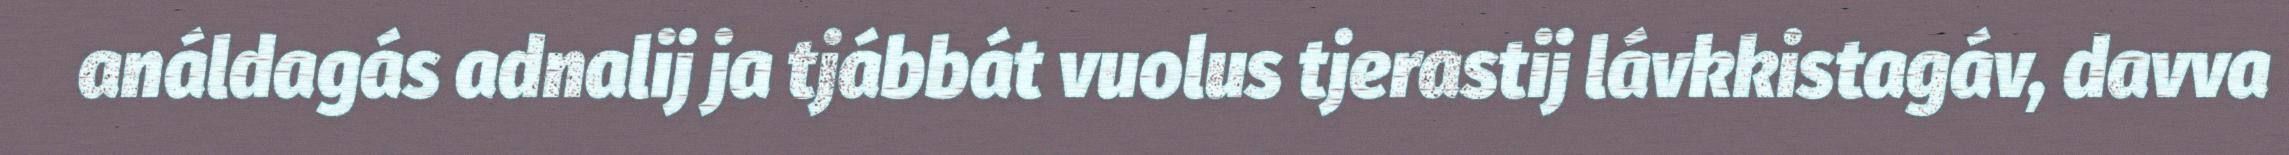
análdagás adnalij ja tjábbát vuolus tjerastij lávkkistagáv, davva